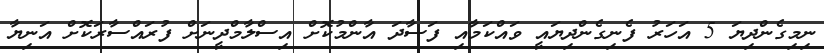
ނިމިގެންދިޔަ 5 އަހަރު ފެނިގެންދިޔައީ ވައްކަމާއި ފަސާދަ އާންމުކޮށް އިސްލާމްދީނަށް ފުރައްސާރަކޮށް އަނިޔާ